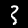
Label: 3